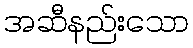
အဆီနည်းသော